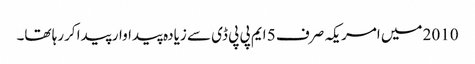
2010 میں امریکہ صرف 5 ایم پی پی ڈی سے زیادہ پیداوار پیدا کررہا تھا۔